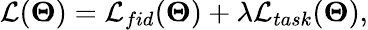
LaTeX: \begin{array}{r}{\mathcal{L}(\boldsymbol{\Theta})=\mathcal{L}_{fid}(\boldsymbol{\Theta})+\lambda\mathcal{L}_{task}(\boldsymbol{\Theta}),}\end{array}